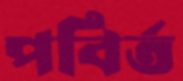
পবির্ত